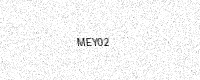
Text: MEY02